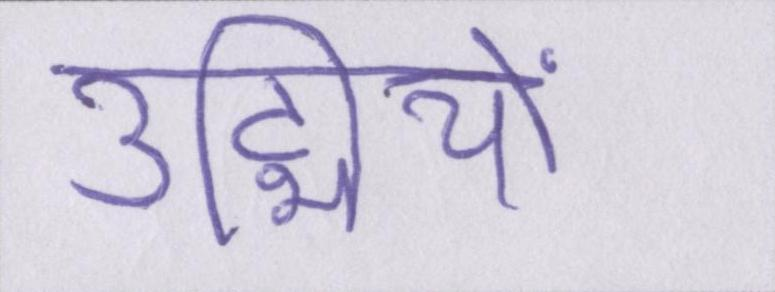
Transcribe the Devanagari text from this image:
उद्मियों